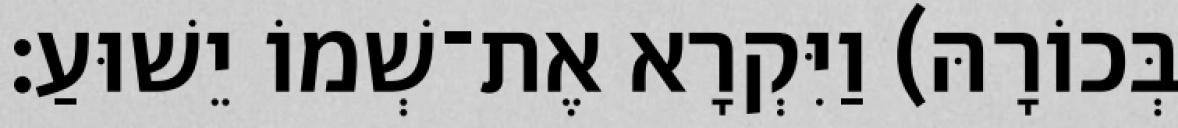
בְּכוֹרָהּ) וַיִּקְרָא אֶת־שְׁמוֹ יֵשׁוּעַ׃